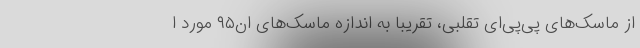
از ماسک‌های پی‌پی‌ای تقلبی، تقریبا به اندازه ماسک‌های ان۹۵ مورد ا